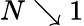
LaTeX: N\searrow 1